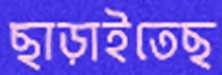
ছাড়াইতেছ